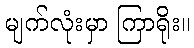
မျက်လုံးမှာ ကြာရိုး။